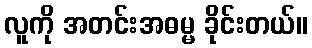
လူကို အတင်းအဓမ္မ ခိုင်းတယ်။